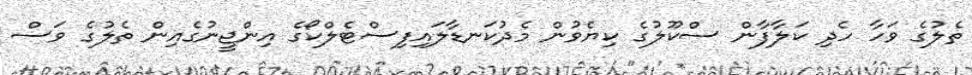
ތެލުގެ ވަހާ ހެދި ކަލާފާން ސްކޫލުގެ ކިޔެވުން މެދުކަނޑާލައިފިސްޓެލްކޯގެ އިންޖީނުގެއިން ތެލުގެ ވަސް